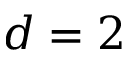
d = 2